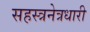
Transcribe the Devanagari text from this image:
सहस्त्रनेत्रधारी